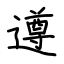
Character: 遵